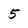
Character: 5